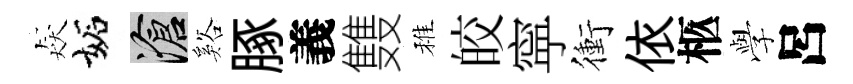
猋妬滄谿䐁義䨇稚皎寜衝依柩𫝯呂